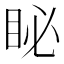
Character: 䀣